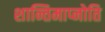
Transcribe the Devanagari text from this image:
शान्तिमाप्नोति